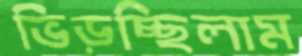
ভিড়চ্ছিলাম